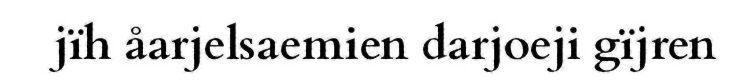
jïh åarjelsaemien darjoeji gïjren